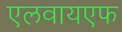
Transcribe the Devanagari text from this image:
एलवायएफ